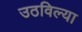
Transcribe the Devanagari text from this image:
उठविल्या